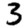
Digit: 3